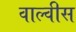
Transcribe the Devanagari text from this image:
वाल्वीस